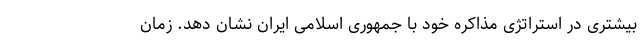
بیشتری در استراتژی مذاکره خود با جمهوری اسلامی ایران نشان دهد. زمان